Annual administration report of the Civil Veterinary Department of India - 1897-1898
Year: 1897
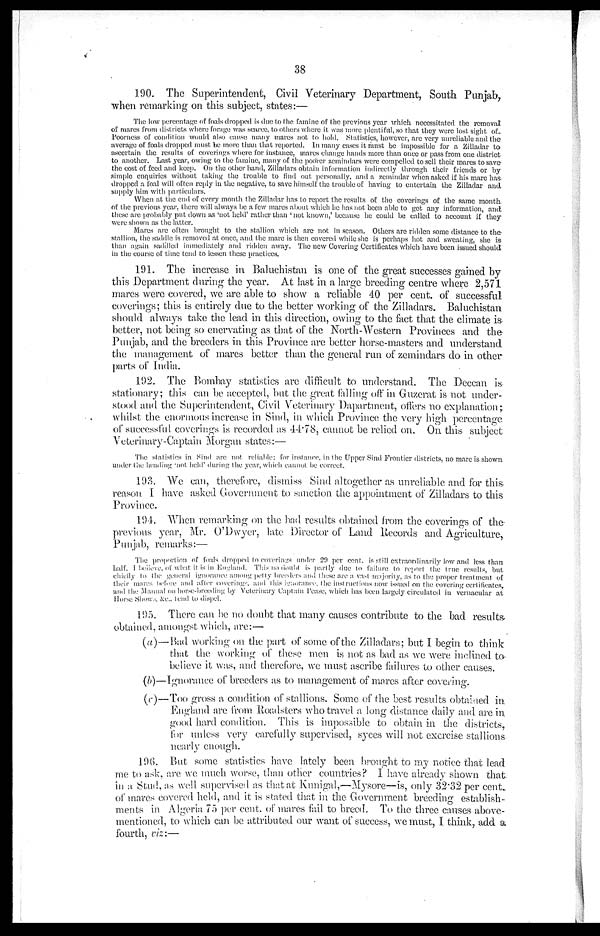
38
190. The Superintendent, Civil Veterinary Department, South Punjab,
when remarking on this subject, states:—
The low percentage of foals dropped is due to the famine of the previous year which necessitated the removal
of mares from districts where forage was scarce, to others where it was more plentiful, so that they were lost sight of
Poorness of condition would also cause many mares not to hold. Statistics, however, are very unreliable and the
average of foals dropped must be more than that reported. In many cases it must be impossible for a Zilladar to
ascertain the results of coverings where for instance, mares change hands more than once or pass from one district
to another. Last year, owing to the famine, many of the poorer zemindars were compelled to sell their mares to save
the cost of feed and keep. On the other hand, Zilladars obtain information indirectly through their friends or by
simple enquiries without taking the trouble to find out personally, and a zemindar when asked if his mare has-
dropped a foal will often reply in the negative, to save himself the trouble of having to entertain the Zilladar and
supply him with particulars.
When at the end of every month the Zilladar has to report the results of the coverings of the same month
of the previous year, there will always be a few mares about which he has not been able to get any information, and
these are probably put down as 'not held' rather than 'not known,' because he could be called to account if they
were shown as the latter.
Mares are often brought to the stallion which are not in season. Others are ridden some distance to the
stallion, the saddle is removed at once, and the mare is then covered while she is perhaps hot and sweating, she is
than again saddled immediately and ridden away. The new Covering Certificates which have been issued should
in the course of time tend to lessen these practices.
191. The increase in Baluchistan is one of the great successes gained by
this Department during the year. At last in a large breeding centre where 2,571
mares were covered, we are able to show a reliable 40 per cent. of successful
coverings; this is entirely due to the better working of the Zilladars. Baluchistan
should always take the lead in this direction, owing to the fact that the climate is
better, not being so enervating as that of the North-Western Provinces and the
Punjab, and the breeders in this Province are better horse-masters and understand
the management of mares better than the general run of zemindars do in other
parts of India.
192. The Bombay statistics are difficult to understand. The Deccan is
stationary; this can be accepted, but the great falling off in Guzerat is not under-
stood and the Superintendent, Civil Veterinary Dapartment, offers no explanation;
whilst the enormous increase in Sind, in which Province the very high percentage
of successful coverings is recorded as 44.78, cannot be relied on. On this subject
Veterinary-Captain Morgan states:—
The statistics in Sind are not reliable; for instance, in the Upper Sind Frontier districts, no mare is shown
under the heading 'not held' during the year, which cannot be correct.
193. We can, therefore, dismiss Sind altogether as unreliable and for this
reason I have asked Government to sanction the appointment of Zilladars to this
Province.
194. When remarking on the bad results obtained from the coverings of the
previous year, Mr. O'Dwyer, late Director of Land Records and Agriculture,
Punjab, remarks:—
The proportion of foals dropped to coverings under 29 per cent. is still extraordinarily low and less than
half. I believe, of what it is in England. This no doubt is partly due to failure to report the true results, but
chiefly to the general ignorance among petty breeders and these are a vast majority, as to the proper treatment of
their mares before and after coverings and this ignorance, the instructions now issued on the covering certificates,
and the Manual on horse-breeding by Veterinary Captain Pease, which has been largely circulated in vernacular at
Horse Shows, &c., tend to dispel.
195. There can be no doubt that many causes contribute to the bad results
obtained, amongst which, are:—
(a)—Bad working on the part of some of the Zilladars; but I begin to think
that the working of these men is not as bad as we were inclined to
believe it was, and therefore, we must ascribe failures to other causes.
(b)—Ignorance of breeders as to management of mares after covering.
(c)—Too gross a condition of stallions. Some of the best results obtained in
England are from Roadsters who travel a long distance daily and are in
good hard condition. This is impossible to obtain in the districts,
for unless very carefully supervised, syces will not exercise stallions.
nearly enough.
196. But some statistics have lately been brought to my notice that lead
me to ask, are we much worse, than other countries? I have already shown that
in a Stud, as well supervised as that at Kunigal,—Mysore—is, only 32.32 per cent.
of mares covered held, and it is stated that in the Government breeding establish-
ments in Algeria 75 per cent. of mares fail to breed. To the three causes above-
mentioned, to which can be attributed our want of success, we must, I think, add a
fourth, viz:—